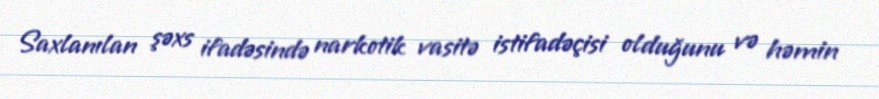
Saxlanılan şəxs ifadəsində narkotik vasitə istifadəçisi olduğunu və həmin